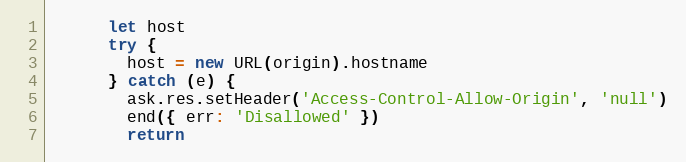
Language: JavaScript
      let host
      try {
        host = new URL(origin).hostname
      } catch (e) {
        ask.res.setHeader('Access-Control-Allow-Origin', 'null')
        end({ err: 'Disallowed' })
        return